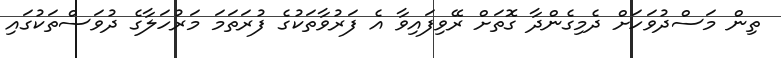
ތިން މަސްދުވަހަށް ދެމިގެންދާ ގޮތަށް ރޭވިފައިވާ އެ ފަރުވާތަކުގެ ފުރަތަމަ މަރުހަލާގެ ދުވަސްތަކުގައި